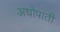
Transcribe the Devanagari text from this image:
अधोपाती